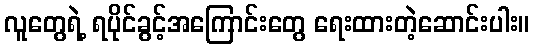
လူတွေရဲ့ ရပိုင်ခွင့်အကြောင်းတွေ ရေးထားတဲ့ဆောင်းပါး။